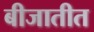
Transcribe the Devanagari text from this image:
बीजातीत